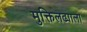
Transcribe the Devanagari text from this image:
मुक्तिलढ्याला